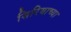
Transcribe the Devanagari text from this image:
सिरियाच्या